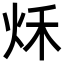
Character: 秌